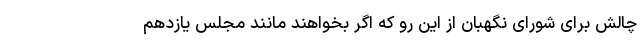
چالش برای شورای نگهبان از این رو که اگر بخواهند مانند مجلس یازدهم